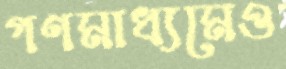
গণমাধ্যমেও